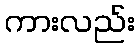
ကားလည်း